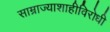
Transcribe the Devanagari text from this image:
साम्राज्याशाहीविरोधी